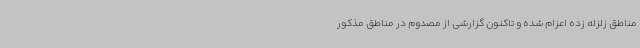
مناطق زلزله زده اعزام شده و تاکنون گزارشی از مصدوم در مناطق مذکور